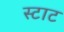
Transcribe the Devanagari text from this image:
स्टाट